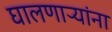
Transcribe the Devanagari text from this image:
घालणाऱ्यांना